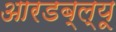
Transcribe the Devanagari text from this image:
आरडब्ल्यू